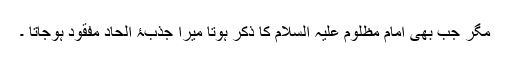
مگر جب بھی امام مظلوم علیہ السلام کا ذکر ہوتا میرا جذبۂ الحاد مفقود ہوجاتا ۔